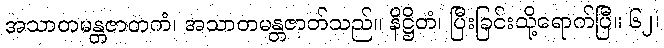
အသာတမန္တဇာတကံ၊ အသာတမန္တဇာတ်သည်။ နိဋ္ဌိတံ၊ ပြီးခြင်းသို့ရောက်ပြီ။ ၆၂၊